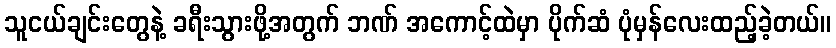
သူငယ်ချင်းတွေနဲ့ ခရီးသွားဖို့အတွက် ဘဏ် အကောင့်ထဲမှာ ပိုက်ဆံ ပုံမှန်လေးထည့်ခဲ့တယ်။